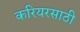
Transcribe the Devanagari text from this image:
करियरसाठी